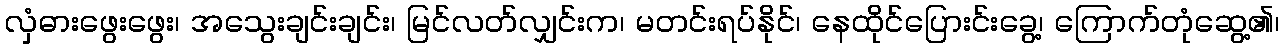
လှံဓားဖွေးဖွေး၊ အသွေးချင်းချင်း၊ မြင်လတ်လျှင်းက၊ မတင်းရပ်နိုင်၊ နေထိုင်ပြေားင်းခွေ့၊ ကြောက်တုံဆွေ့၏၊